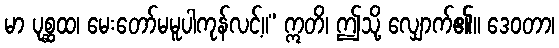
မာ ပုစ္ဆထ၊ မေးတော်မမူပါကုန်လင့်။” ဣတိ၊ ဤသို့ လျှောက်၏။ ဒေဝတာ၊